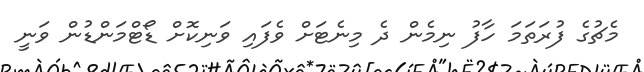
މެޗުގެ ފުރަތަމަ ހާފު ނިމެން ދެ މިނެޓަށް ވެފައި ވަނިކޮށް ޑޯޓްމަންޑުން ވަނީ